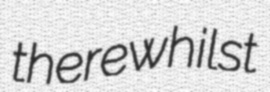
therewhilst